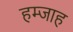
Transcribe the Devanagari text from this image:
हम्जाह